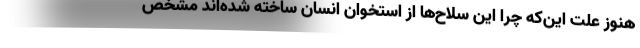
هنوز علت این‌که چرا این سلاح‌ها از استخوان انسان ساخته شده‌اند مشخص